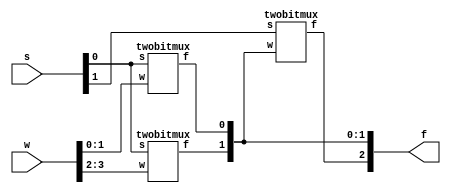
module mux4to1q4(w,s,f);
input [3:0]w;
input [1:0]s;
output [2:0]f;
twobitmux m0(w[1:0],s[0],f[0]);
twobitmux m1(w[3:2],s[0],f[1]);
twobitmux m2(f[1:0],s[1],f[2]);
endmodule

module twobitmux(w,s,f);
input [1:0] w;
input s;
output f;
function mux;
	input [1:0]x;
	input ss;
	if(ss==0)
	mux=x[0];
	else 
	mux=x[1];
endfunction

assign f = mux(w,s);
endmodule